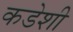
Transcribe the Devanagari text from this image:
कडेशी